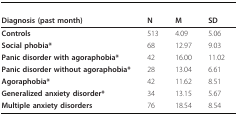
<table><thead><tr><td><b>Diagnosis (past month)</b></td><td><b>N</b></td><td><b>M</b></td><td><b>SD</b></td></tr></thead><tbody><tr><td><b>Controls</b></td><td>513</td><td>4.09</td><td>5.06</td></tr><tr><td><b>Social phobia*</b></td><td>68</td><td>12.97</td><td>9.03</td></tr><tr><td><b>Panic disorder with agoraphobia*</b></td><td>42</td><td>16.00</td><td>11.02</td></tr><tr><td><b>Panic disorder without agoraphobia*</b></td><td>28</td><td>13.04</td><td>6.61</td></tr><tr><td><b>Agoraphobia*</b></td><td>42</td><td>11.62</td><td>8.51</td></tr><tr><td><b>Generalized anxiety disorder*</b></td><td>34</td><td>13.15</td><td>5.67</td></tr><tr><td><b>Multiple anxiety disorders</b></td><td>76</td><td>18.54</td><td>8.54</td></tr></tbody></table>